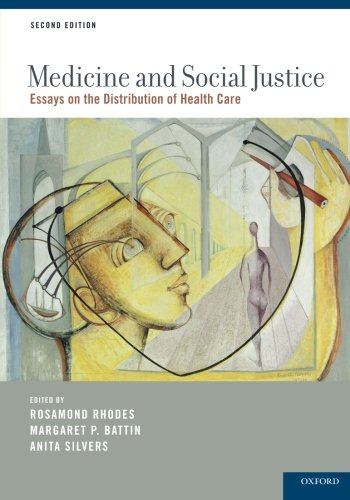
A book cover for Medicine and Social Justice: Essays on the Distribution of Health Care; Medical Books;